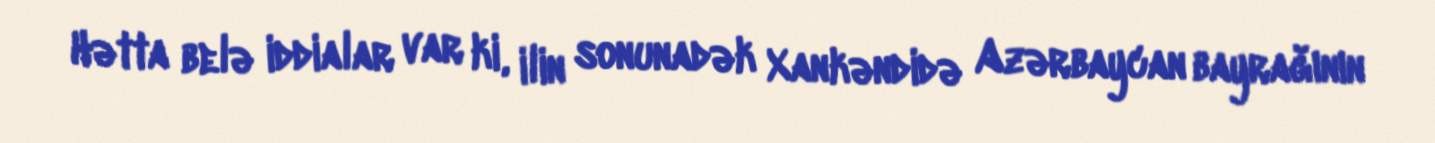
Hətta belə iddialar var ki, ilin sonunadək Xankəndidə Azərbaycan bayrağının